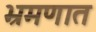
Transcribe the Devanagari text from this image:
भ्रमणात